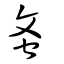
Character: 蚉